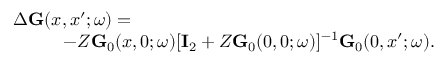
\begin{array} { r } { \Delta \ensuremath { \mathbf { G } } ( x , x ^ { \prime } ; \omega ) = \phantom { x x x x x x x x x x x x x x x x x x x x x x x x x x x x x } } \\ { - Z \ensuremath { \mathbf { G } } _ { 0 } ( x , 0 ; \omega ) [ \ensuremath { \mathbf { I } } _ { 2 } + Z \ensuremath { \mathbf { G } } _ { 0 } ( 0 , 0 ; \omega ) ] ^ { - 1 } \ensuremath { \mathbf { G } } _ { 0 } ( 0 , x ^ { \prime } ; \omega ) . } \end{array}